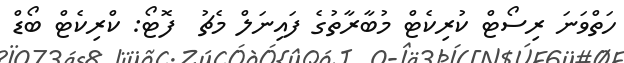
ހަތްވަނަ ރިސޯޓް ކުރިކެޓް މުބާރާތުގެ ފައިނަލް މެޗު  ފޮޓޯ: ކްރިކެޓް ބޯޑް